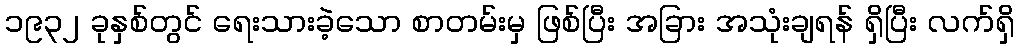
၁၉၃၂ ခုနှစ်တွင် ရေးသားခဲ့သော စာတမ်းမှ ဖြစ်ပြီး အခြား အသုံးချရန် ရှိပြီး လက်ရှိ